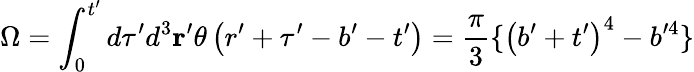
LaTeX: \Omega=\int_{0}^{t^{\prime}}d\tau^{\prime}d^{3}{\mathbf r}^{\prime}\theta\left(r^{\prime}+\tau^{\prime}-b^{\prime}-t^{\prime}\right)=\frac\pi 3\{ \left(b^{\prime}+t^{\prime}\right)^{4}-b^{\prime 4}\}